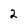
Character: 2